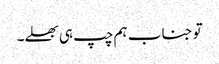
تو جناب ہم چپ ہی بھلے۔